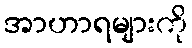
အာဟာရများကို